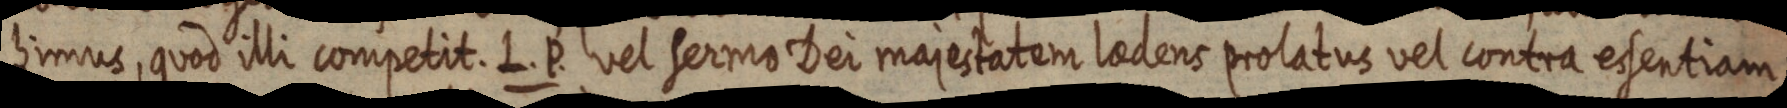
himus, quod illi competit. L. P. vel sermo Dei majestatem laedens prolatus vel contra essentiam